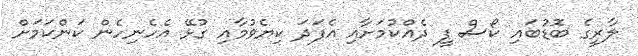
ލާރީގެ ބޮޑުބައި ކޯސް ފީ ދެއްކުމަށާއި އެފަދަ ކިޔެވުމާއި ގުޅޭ އެހެނިހެން ކަންކަމަށް